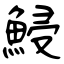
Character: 鮼